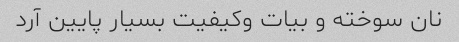
نان سوخته و بیات وکیفیت بسیار پایین آرد